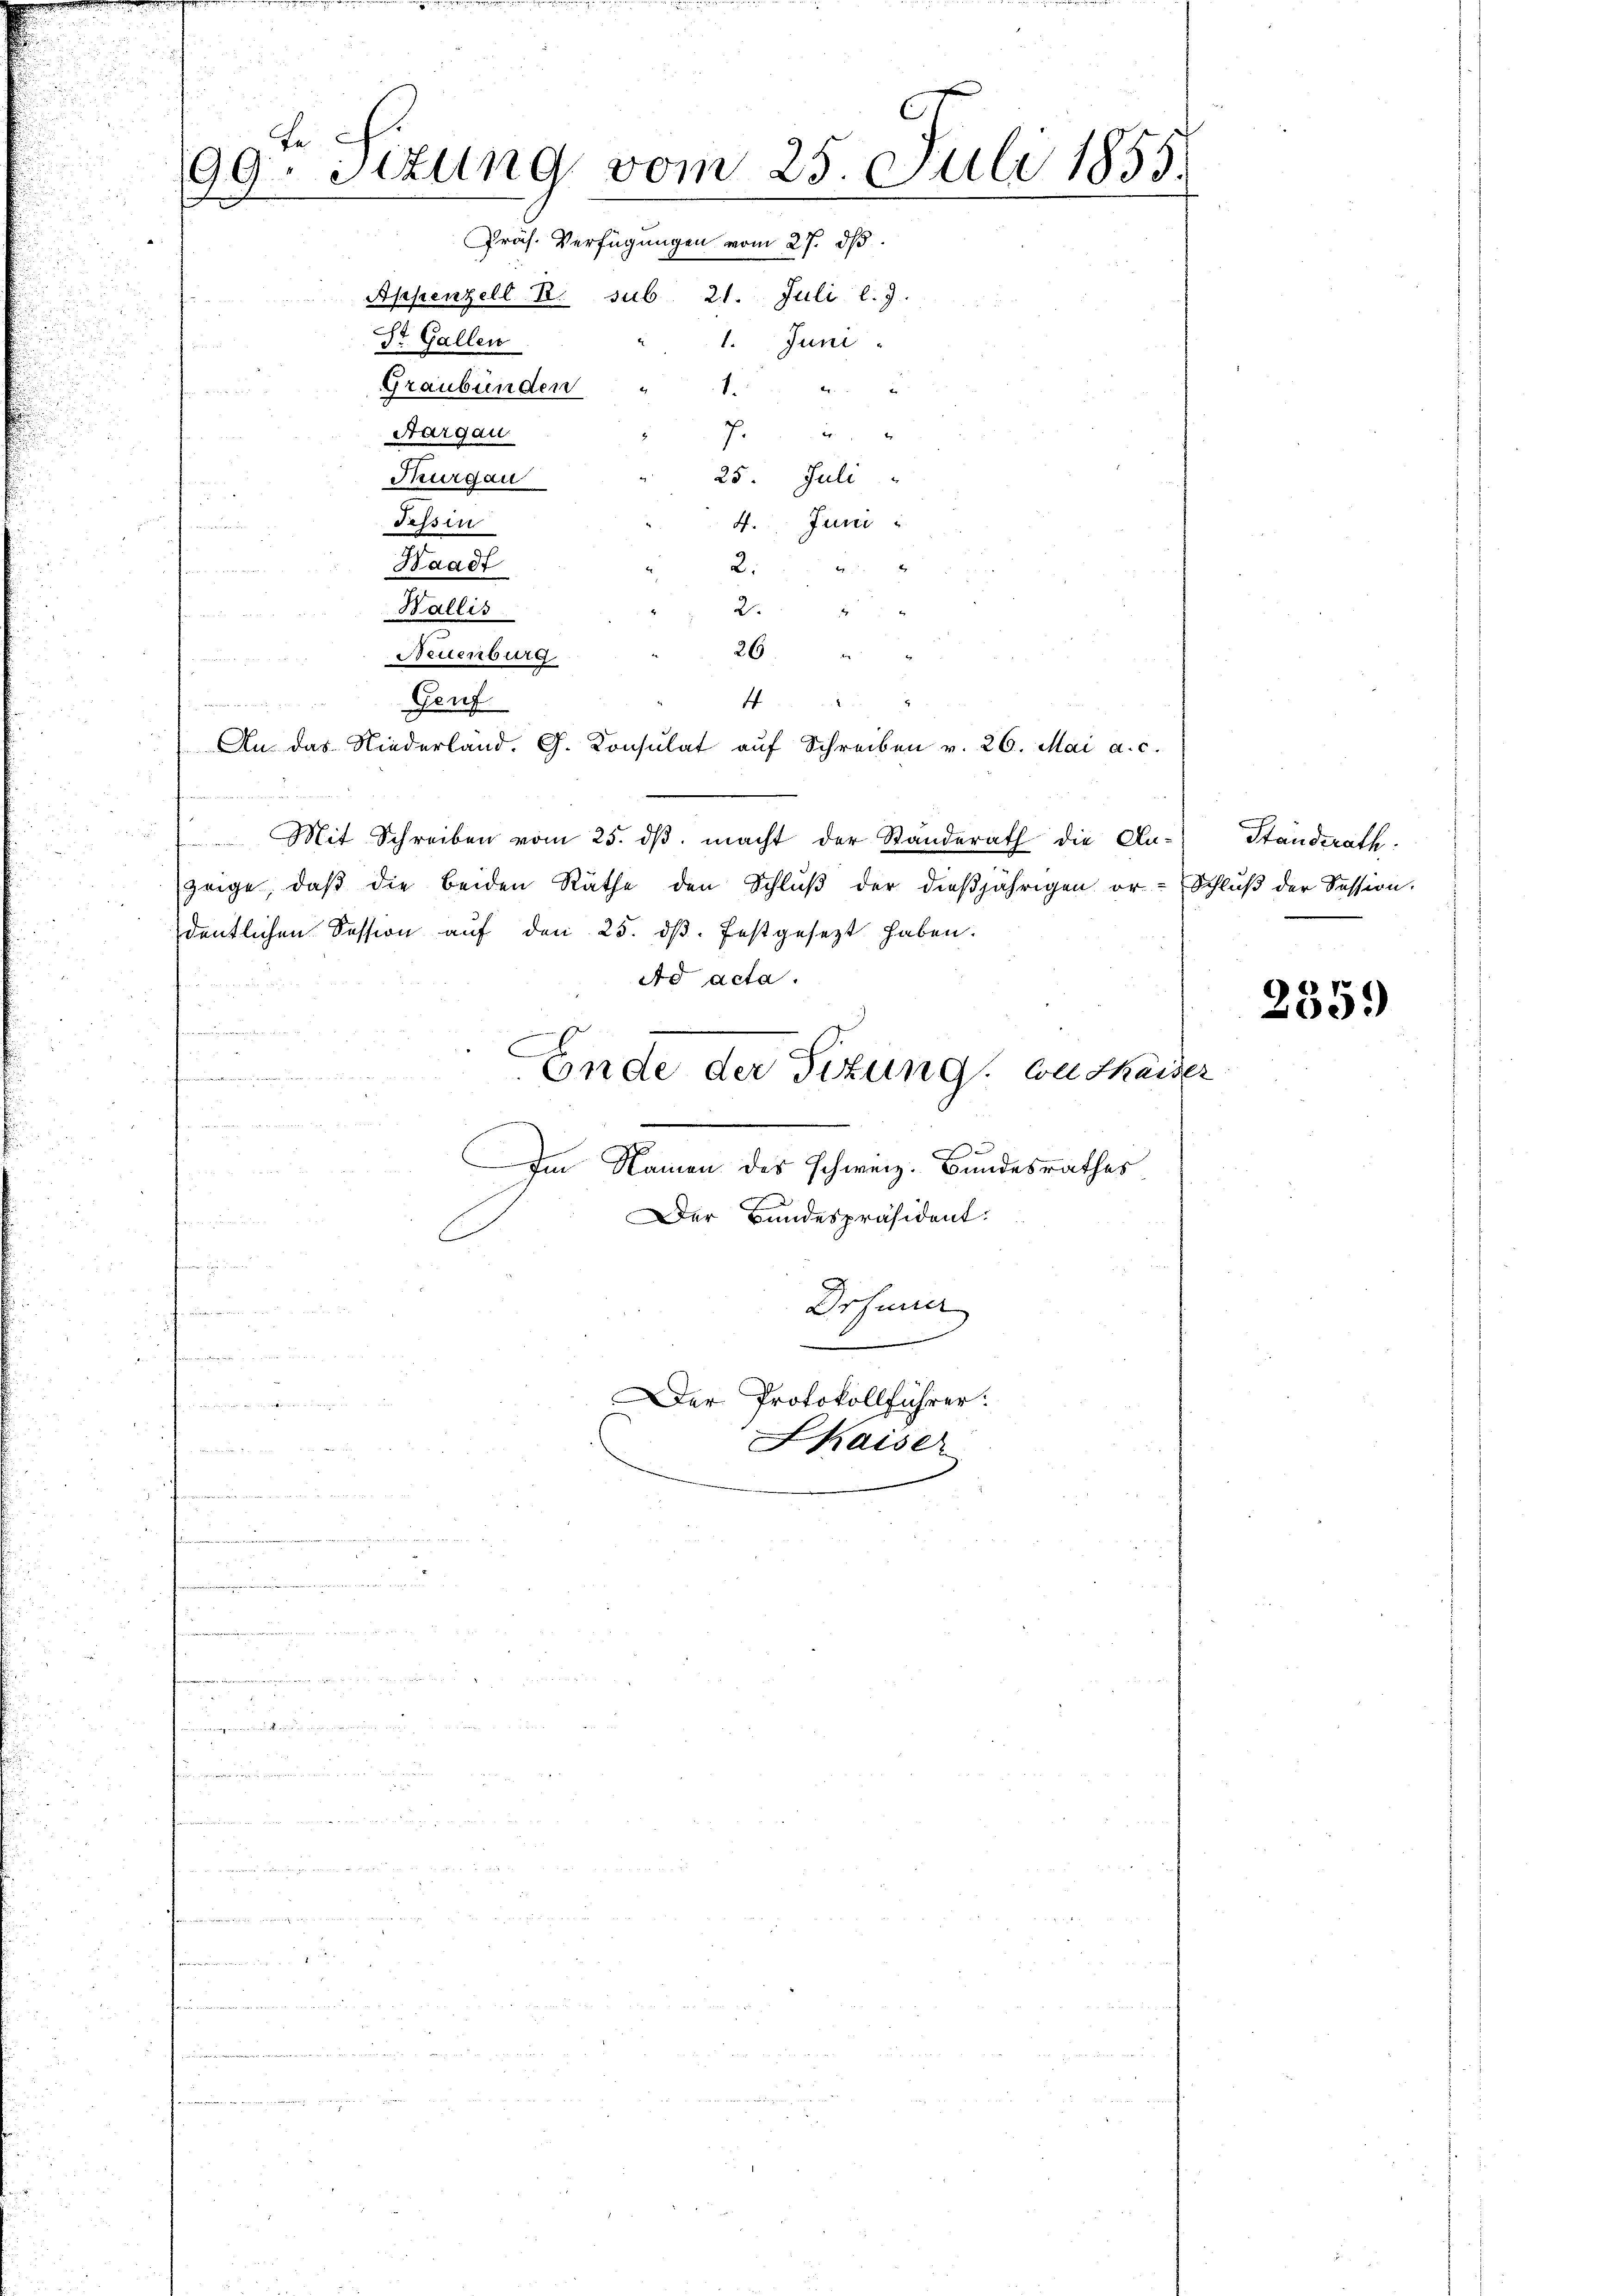
e
90. Sizung vom 25. Juli 1855.
J
Präs. Verfügungen vom 27. ds.
Appenzell B. sub. 21. Juli l.J.
St. Gallen
i
1.
Graubünden
wi
F
7.
Aargau
2

dr mens
Thurgau
25. Juli
r
Tessin
4. Juni
e

Waadt

Di ad
Wallis
24
 2
Neuenburg
  gerade in werd
Gauf

 Mit Schreiben vom 25. dβ macht der Standerath die An-
zeige, daß die beiden Räthe den Schluß der dießjährigen ordentlichen Session auf den 25. dβ. festgesezt haben.
Ad acta.
u
Ende der Titung, soll thais
n
.
Im Namen des Schweiz. Bundesrathes
Der Bundespräsident:
u
Drfener
 w   den
tangen, in seinen

26 " "
. 2
4
An das Niederland. G. Consulat aŭf Schreiben v. 26. Mai a. c.

Juni

Der Protokollführer:
KKaiser

Standerath
Schluß der Session.

1

2359)